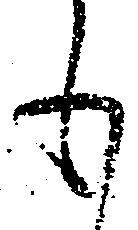
も